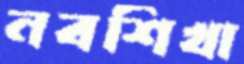
নবশিখা